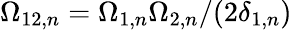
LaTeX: \Omega_{12,n}=\Omega_{1,n}\Omega_{2,n}/(2\delta_{1,n})